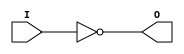
// $Header: /devl/xcs/repo/env/Databases/CAEInterfaces/verunilibs/data/unisims/INV.v,v 1.5.158.1 2007/03/09 18:13:07 patrickp Exp $
///////////////////////////////////////////////////////////////////////////////
// Copyright (c) 1995/2004 Xilinx, Inc.
// All Right Reserved.
///////////////////////////////////////////////////////////////////////////////
//   ____  ____
//  /   /\/   /
// /___/  \  /    Vendor : Xilinx
// \   \   \/     Version : 8.1i (I.13)
//  \   \         Description : Xilinx Functional Simulation Library Component
//  /   /                  Inverter
// /___/   /\     Filename : INV.v
// \   \  /  \    Timestamp : Thu Mar 25 16:42:37 PST 2004
//  \___\/\___\
//
// Revision:
//    03/23/04 - Initial version.
// End Revision

`timescale  100 ps / 10 ps


module INV (O, I);

    output O;

    input  I;

	not N1 (O, I);

endmodule